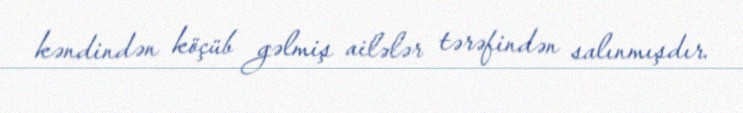
kəndindən köçüb gəlmiş ailələr tərəfindən salınmışdır.